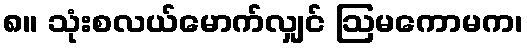
၈။ သုံးစလယ်မောက်လျှင် ဩမကောမက၊